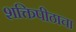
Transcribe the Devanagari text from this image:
शक्तिपीठाचा